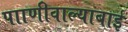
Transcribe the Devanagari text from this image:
पााणीवाल्याबाई